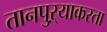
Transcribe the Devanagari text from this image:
तानपुऱ्याकरता